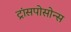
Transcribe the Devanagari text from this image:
ट्रांसपोसोन्स